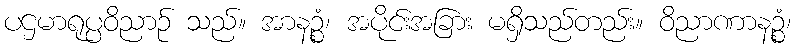
ပဌမာရုပ္ပဝိညာဉ် သည်။ အာနဉ္စံ၊ အပိုင်းအခြား မရှိသည်တည်း။ ဝိညာဏာနဉ္စံ၊